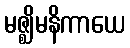
မဇ္ဈိမနိကာယေ